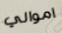
اموالي